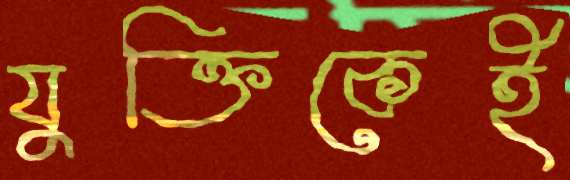
যুক্তিকেই